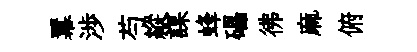
羃渉芍縱謀蜂礧彿麻俯